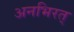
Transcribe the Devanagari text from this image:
अनभिरत्